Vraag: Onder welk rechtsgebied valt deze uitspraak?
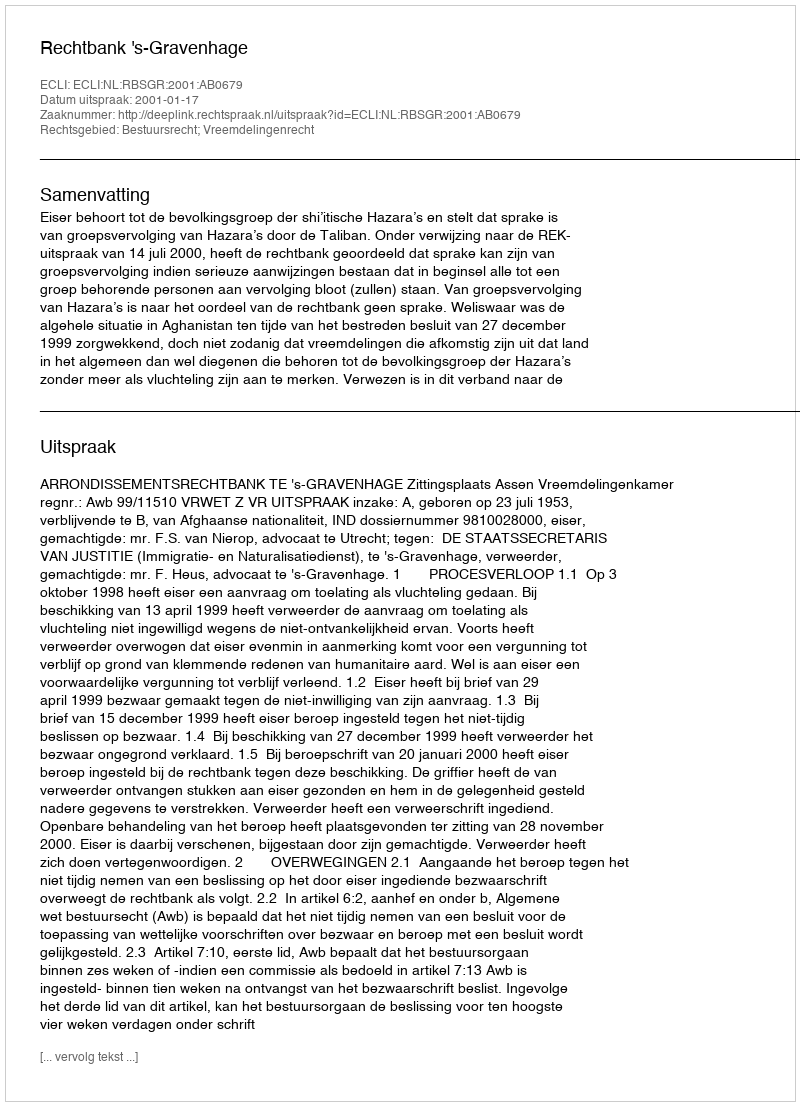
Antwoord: Bestuursrecht; Vreemdelingenrecht